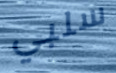
سلبي